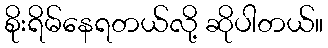
စိုးရိမ်နေရတယ်လို့ ဆိုပါတယ်။